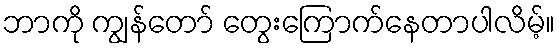
ဘာကို ကျွန်တော် တွေးကြောက်နေတာပါလိမ့်။